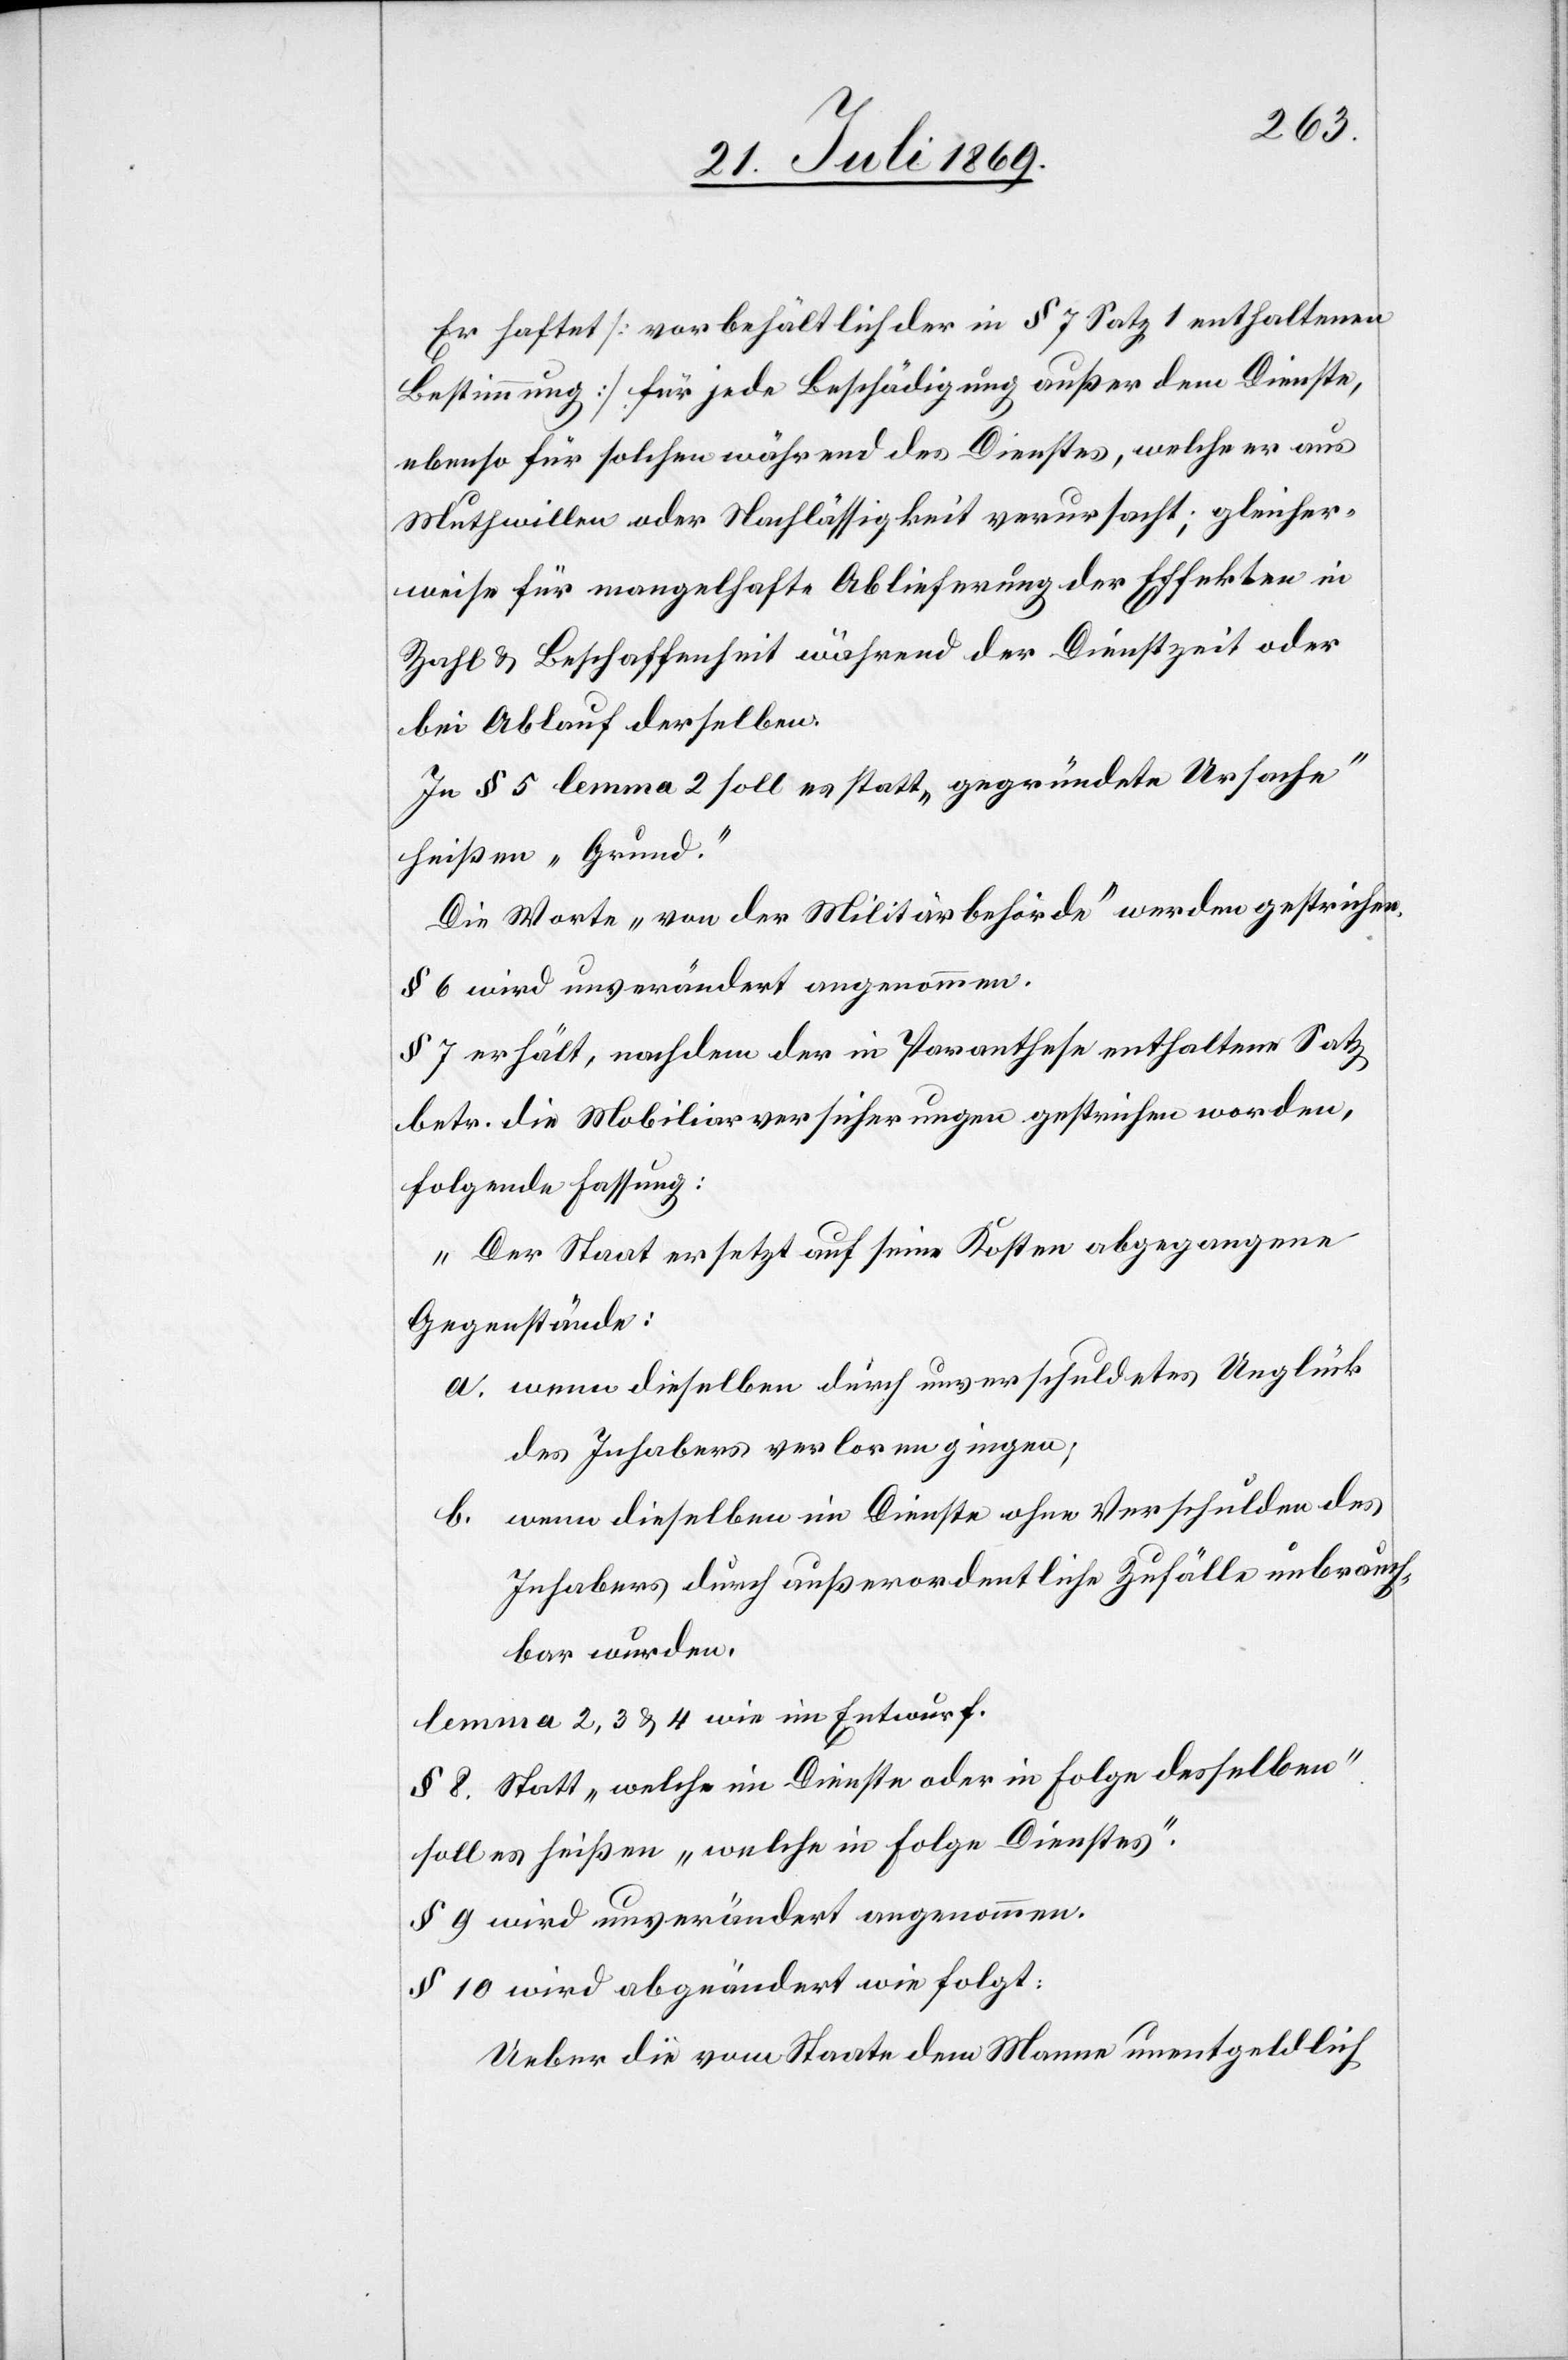
Er haftet [vorbehältlich der in § 7 Satz 1 enthaltenen
Bestimmung] für jede Beschädigung außer dem Dienste,
ebenso für solchen während des Dienstes, welche er aus
Muthwillen oder Nachlässigkeit verursacht; gleich¬
weise für mangelhafte Abliefrung der Effekten in
Zahl u. Beschaffenheit während der Dienstzeit oder
bei Ablauf derselben.
In § 5 lemma 2 soll es statt „gegründete Ursache“
heißen „Grund“.
Die Worte „von der Militärbehörde“ werden gestrichen.
§ 6 wird unverändert angenommen.
§ 7 erhält, nachdem der in Paranthese enthaltene Satz
betr. die Mobiliarversicherungen gestrichen worden,
folgende Fassung:
„Der Staat ersetzt auf seine Kosten abgegangene
Gegenstände:
a. wenn dieselben durch unverschuldetes Unglück
des Inhabers verloren gingen;
b. wenn dieselben im Dienste ohne Verschulden des
Inhabers durch außerordentliche Zufälle unbrauch¬
bar wurden.
lemma 2,3 u. 4 wie im Entwurf.
§ 8. Statt „welche im Dienste oder in Folge desselben“
soll es heißen „welche in Folge Dienstes“.
§ 9 wird unverändert angenommen.
§ 10 wird abgeändert wie folgt:
Ueber die vom Staate dem Manne unentgeldlich